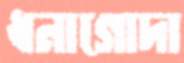
ধনাগোদা